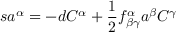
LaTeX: s a ^ { \alpha } = - d C ^ { \alpha } + \frac { 1 } { 2 } f _ { \beta \gamma } ^ { \alpha } a ^ { \beta } C ^ { \gamma }